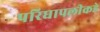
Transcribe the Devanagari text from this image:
परिघापलीकडे